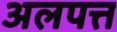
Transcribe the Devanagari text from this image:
अलपत्त